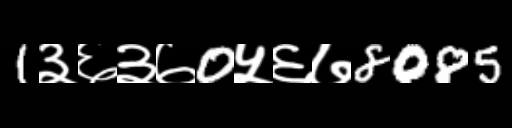
Text: 1३६३७0५६७8085